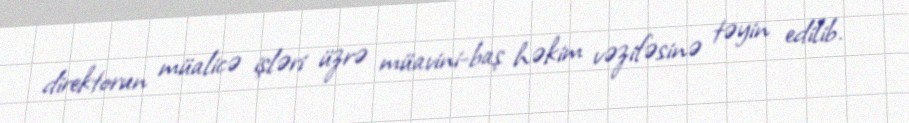
direktorun müalicə işləri üzrə müavini-baş həkim vəzifəsinə təyin edilib.